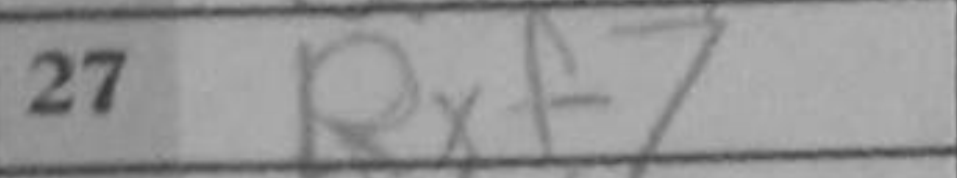
Transcription: Rxf7